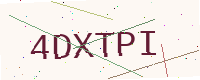
Text: 4DXTPI